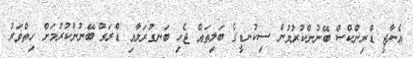
އެނާޖީ ޑްރިންކްސް ބޭނުންކުރުމުން ސިކުނޑީގެ ބަލިތައް ޖެހި ބަނގުރަލާއި ޑްރަގް ބޭނުންކުރުމަށް ހިތްވަރު